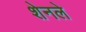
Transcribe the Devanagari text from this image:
शेनले